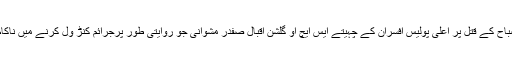
جبکہ شہری یہ شکوہ کرنے میں بھی حق بجانب ہیں کہ گلشن اقبال میں طالبہ مصباح کے قتل پر اعلی پولیس افسران کے چہیتے ایس ایچ او گلشن اقبال صفدر مشوانی جو روایتی طور پرجرائم کنڑ ول کرنے میں ناکام رہے ہیں انھیں سزا دینے کی بجائے ایس ایچ او الفلاح تھانہ کیوں تعینات کیا گیا۔